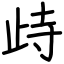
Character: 歭